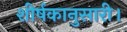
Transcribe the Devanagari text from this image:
शीर्षकानुसारी।